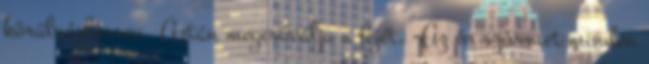
körülnézhessen. Aztán megcsóválja a fejét. -Az én szívemet minden